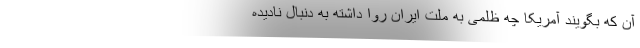
آن که بگویند آمریکا چه ظلمی به ملت ایران روا داشته به دنبال نادیده